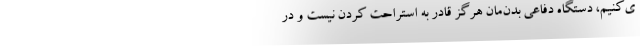
ی‌کنیم، دستگاه‌ دفاعی بدن‌مان هرگز قادر به استراحت کردن نیست و در